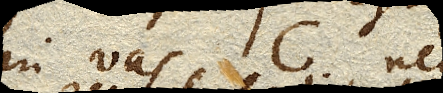
in vas C. nec